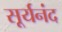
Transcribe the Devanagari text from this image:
सूर्यनंद